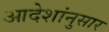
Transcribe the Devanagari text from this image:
आदेशांनुसार